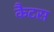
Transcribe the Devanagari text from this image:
कैटस